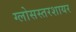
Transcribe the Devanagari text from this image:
ग्लोसस्तरशायर